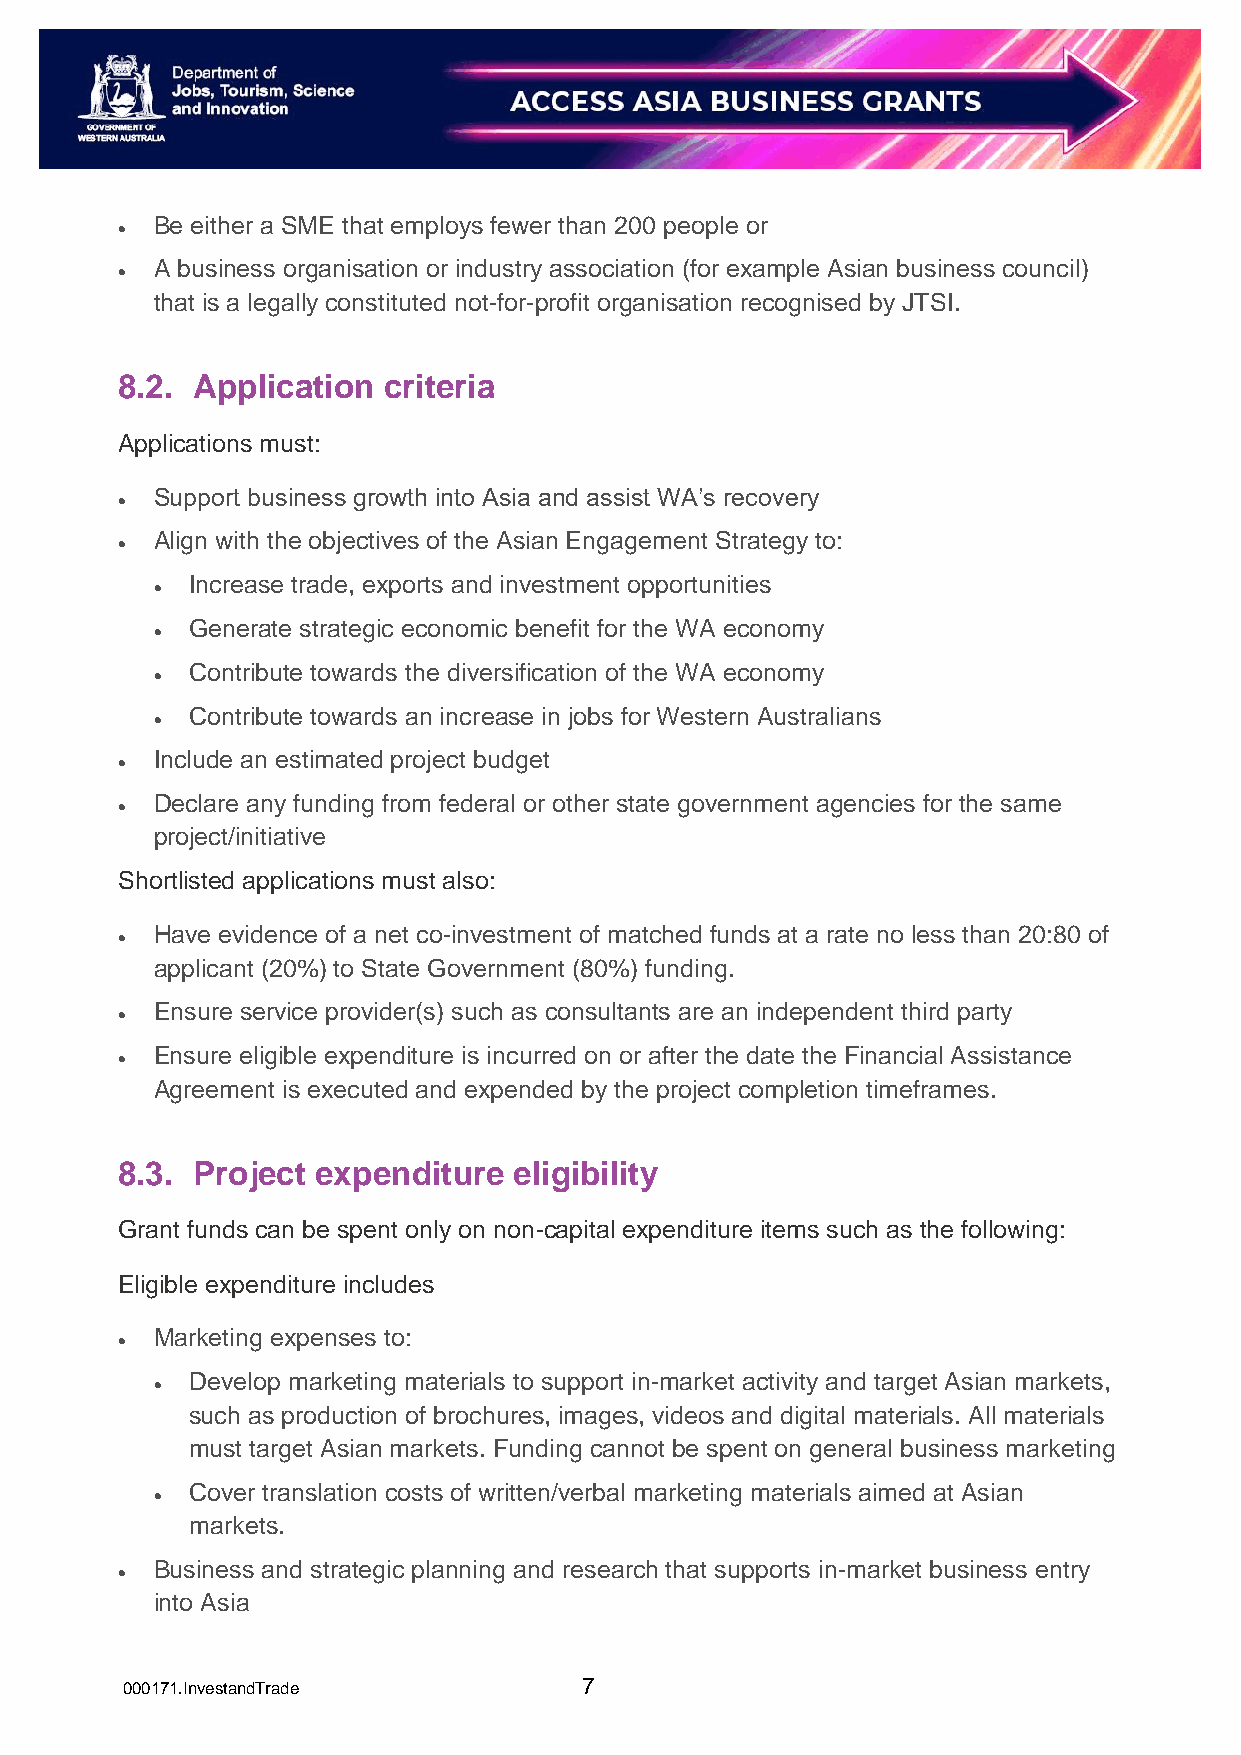
Be either a SME that employs fewer than 200 people or
 
 A business organisation or industry association (for example Asian business council)
 
 that is a legally constituted not-for-profit organisation recognised by JTSI.
 8.2. Application criteria
 Applications must:
 Support business growth into Asia and assist WA’s recovery
 
 Align with the objectives of the Asian Engagement Strategy to:
 
 Increase trade, exports and investment opportunities
 
 Generate strategic economic benefit for the WA economy
 
 Contribute towards the diversification of the WA economy
 
 Contribute towards an increase in jobs for Western Australians
 
 Include an estimated project budget
 
 Declare any funding from federal or other state government agencies for the same
 
 project/initiative
 Shortlisted applications must also:
 Have evidence of a net co-investment of matched funds at a rate no less than 20:80 of
 
 applicant (20%) to State Government (80%) funding.
 Ensure service provider(s) such as consultants are an independent third party
 
 Ensure eligible expenditure is incurred on or after the date the Financial Assistance
 
 Agreement is executed and expended by the project completion timeframes.
 8.3. Project expenditure  eligibility
 Grant funds can be spent only on non-capital expenditure items such as the following:
 Eligible expenditure includes
 Marketing expenses to:
 
 Develop marketing materials to support in-market activity and target Asian markets,
 
 such as production of brochures, images, videos and digital materials. All materials
 must target Asian markets. Funding cannot be spent on general business marketing
 Cover translation costs of written/verbal marketing materials aimed at Asian
 
 markets.
 Business and strategic planning and research that supports in-market business entry
 
 into Asia
 000171.InvestandTrade          7